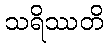
သရိဿတိ